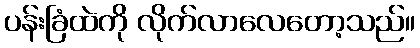
ပန်းခြံထဲကို လိုက်လာလေတော့သည်။